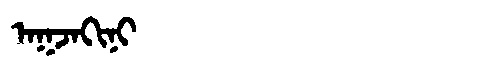
Manchu: ᠠᡴᠵᠠᡴᡳᠨᡳ
Romanization: AKJAKINI